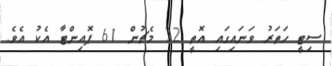
ސިޓީ ހަތަރު ވަަނައިގައި އޮތީ 32 މެޗުން 61 ޕޮއިންޓާ އެކު އެވެ.